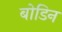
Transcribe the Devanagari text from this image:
बोडिन